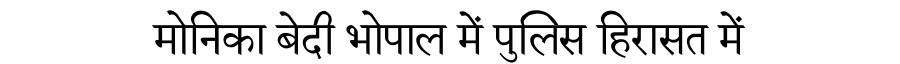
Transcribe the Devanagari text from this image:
मोनिका बेदी भोपाल में पुलिस हिरासत में